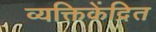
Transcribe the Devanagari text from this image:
व्यक्तिकेंद्रित